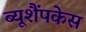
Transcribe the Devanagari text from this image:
ब्यूशैंपकेस